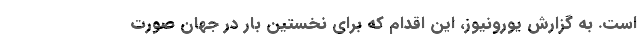
است. به گزارش یورونیوز، این اقدام که برای نخستین بار در جهان صورت